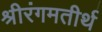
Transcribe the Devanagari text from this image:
श्रीरंगमतीर्थ